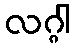
လဂ္ဂါ